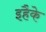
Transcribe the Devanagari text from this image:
इहैके